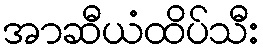
အာဆီယံထိပ်သီး